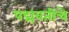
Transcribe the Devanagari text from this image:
पद्मवतीचे